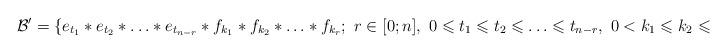
LaTeX: \begin{align*}\mathcal B'=\{e_{t_1}*e_{t_2}*\ldots *e_{t_{n-r}}*f_{k_1}*f_{k_2}*\ldots * f_{k_r};~r\in[0;n],~ 0\leqslant t_1\leqslant t_2\leqslant\ldots\leqslant t_{n-r},~0 < k_1\leqslant k_2\leqslant\ldots\leqslant k_{r} \}\end{align*}